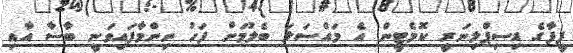
ފީފާގެ ޑިސިޕްލިނަރީ ކޮމެޓީން އެ މައްސަލަ ބެލުމަށް ފަހު ނިންމާފައިވަނީ ބާސާ އާއި